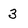
Character: 3